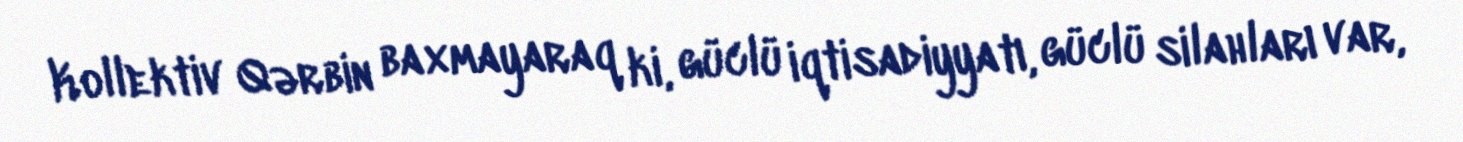
Kollektiv Qərbin baxmayaraq ki, güclü iqtisadiyyatı, güclü silahları var,